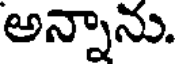
అన్నాను.